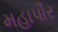
મહાપૌર